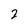
Character: 2